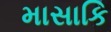
માસાકિ